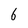
Character: 6